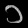
Digit: ၁